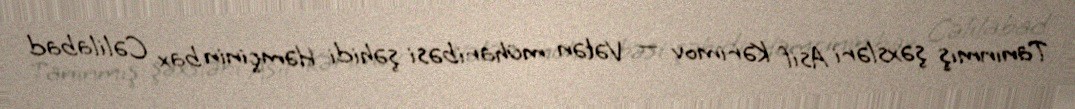
Tanınmış şəxsləri Asif Kərimov — Vətən müharibəsi şəhidi Həmçinin bax Cəlilabad